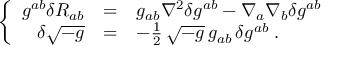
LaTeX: \left\{ \begin{array} { r c l } { { g ^ { a b } \delta R _ { a b } } } & { { = } } & { { g _ { a b } \nabla ^ { 2 } \delta g ^ { a b } - \nabla _ { a } \nabla _ { b } \delta g ^ { a b } } } \\ { { \delta \sqrt { - g } } } & { { = } } & { { - { \frac { 1 } { 2 } } \, \sqrt { - g } \, g _ { a b } \, \delta g ^ { a b } \; . } } \end{array} \right.